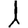
Digit: 1